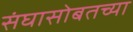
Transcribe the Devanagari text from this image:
संघासोबतच्या